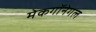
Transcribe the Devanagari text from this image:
मेकगॉनेगल